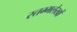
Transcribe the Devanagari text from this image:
स्तम्भलेखों